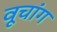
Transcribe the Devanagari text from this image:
वूचांग